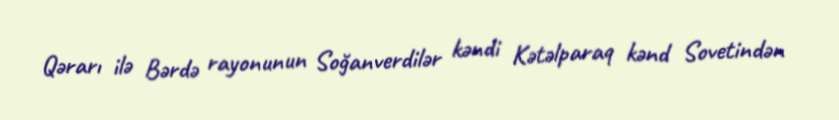
Qərarı ilə Bərdə rayonunun Soğanverdilər kəndi Kətəlparaq kənd Sovetindən